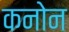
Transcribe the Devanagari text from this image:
कनोन